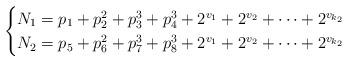
LaTeX: \begin{align*} \begin{cases} N_{1} = p_{1}+p_{2}^{2}+p_{3}^{3}+p_{4}^{3}+2^{v_{1}}+2^{v_{2}}+\cdots+2^{v_{k_{2}}}\\ N_{2} = p_{5}+p_{6}^{2}+p_{7}^{3}+p_{8}^{3}+2^{v_{1}}+2^{v_{2}}+\cdots+2^{v_{k_{2}}}\end{cases}\end{align*}